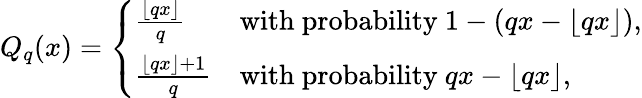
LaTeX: \begin{array}{r}{Q_{q}(x)=\left\{ \begin{array}{ll}{\frac{\lfloor qx\rfloor}{q}}&{\mathrm{with~probability~}1-(qx-\lfloor qx\rfloor),}\\ {\frac{\lfloor qx\rfloor+1}{q}}&{\mathrm{with~probability~}qx-\lfloor qx\rfloor,}\end{array}\right.}\end{array}